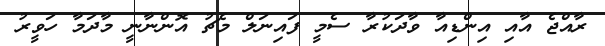
ރާއްޖެ އާއި އިންޑިއާ ވާދަކުރާ ސެމީ ފައިނަލް މެޗު އޮންނާނީ މާދަމާ ހަވީރު